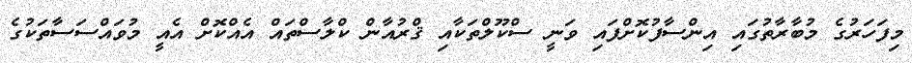
މިފަހަރުގެ މުބާރާތުގައި އިންސާފުކޮށްފައި ވަނީ ސްކޫލްތަކާއި ޤްރުއާން ކްލާސްތައް އެއްކޮށް އެއީ މުވައްސަސާތަކުގެ